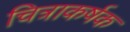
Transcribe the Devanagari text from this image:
चित्राकर्षक